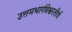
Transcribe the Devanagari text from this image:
उत्तमभार्गवेश्वरतीर्थ